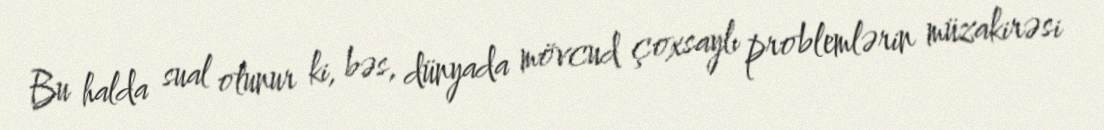
Bu halda sual olunur ki, bəs, dünyada mövcud çoxsaylı problemlərin müzakirəsi